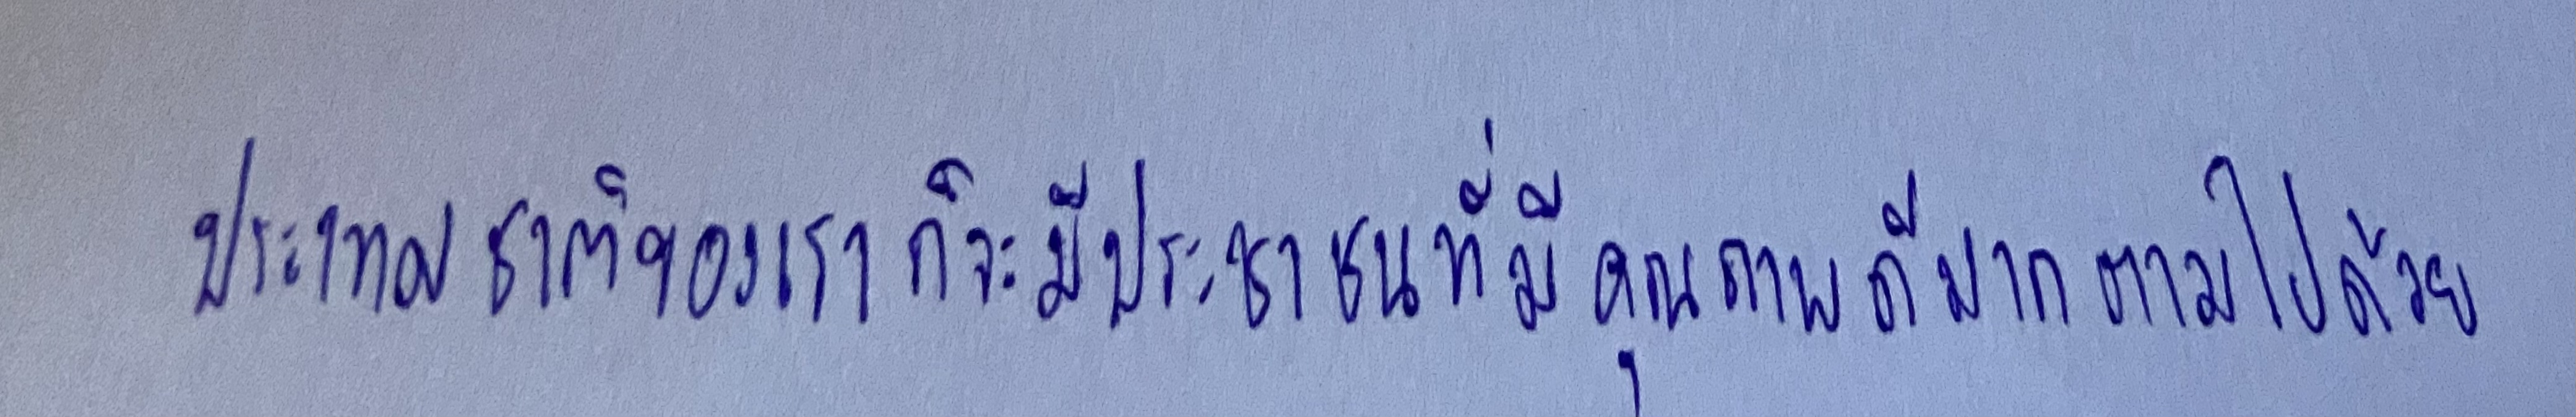
ประเทศชาติของเราก็จะมีประชาชนที่มีคุณภาพดีมากตามไปด้วย